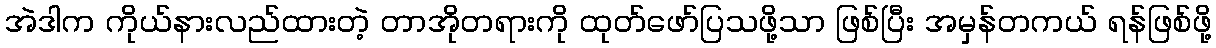
အဲဒါက ကိုယ်နားလည်ထားတဲ့ တာအိုတရားကို ထုတ်ဖော်ပြသဖို့သာ ဖြစ်ပြီး အမှန်တကယ် ရန်ဖြစ်ဖို့